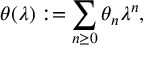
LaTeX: \theta ( \lambda ) : = \sum _ { n \geq 0 } \theta _ { n } \lambda ^ { n } ,